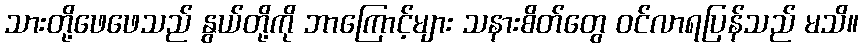
သားတို့ဖေဖေသည် နွယ်တို့ကို ဘာကြောင့်များ သနားစိတ်တွေ ဝင်လာရပြန်သည် မသိ။